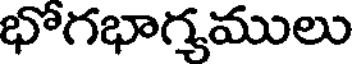
భోగభాగ్యములు